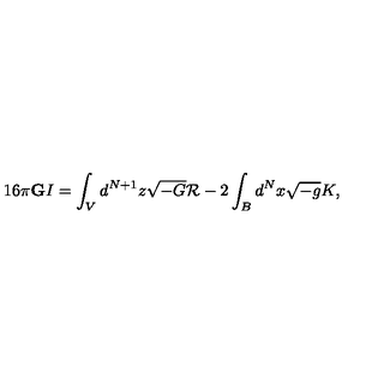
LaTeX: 1 6 \pi { \bf G } I = \int _ { V } d ^ { N + 1 } z \sqrt { - G } { \cal R } - 2 \int _ { B } d ^ { N } x \sqrt { - g } K ,